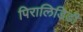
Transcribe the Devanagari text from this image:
पिरालिडिडी